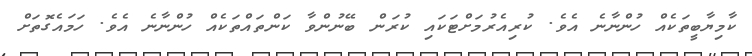
ކާމިޔާބީތަކެއް ހުންނާނެ އެވެ. ކުރިއެރުމަށްޓަކައި ކުރަން ބޭނުންވާ ކަންތައްތަކެއް ހުންނާނެ އެވެ. ހަމައެގޮތަށް